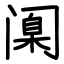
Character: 𫔶